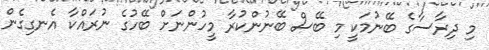
މި ދިރާސާގެ ބޭނުމަކީ މި ބޭސް ބޭނުންކުރާ މީހުންނަށް ބޭހުގެ ނުރައްކާ އެނގިގެން